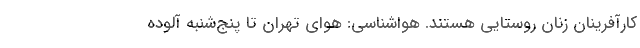
کارآفرینان زنان روستایی هستند. هواشناسی: هوای تهران تا پنج‌شنبه آلوده